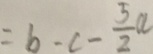
= b - c - \frac { 5 } { 2 } a